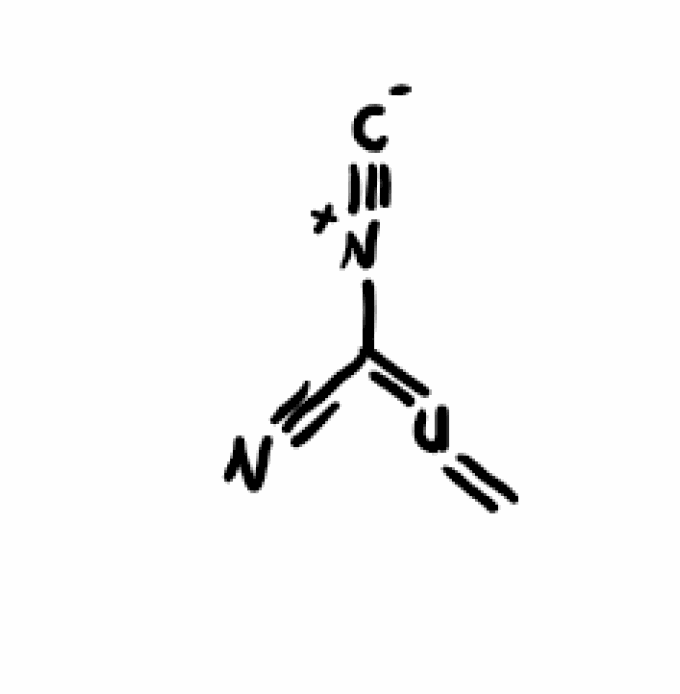
Simplified molecular-input line-entry system (SMILES) notation of the given molecule:
C=[U]=C(C#N)[N+]#[C-]